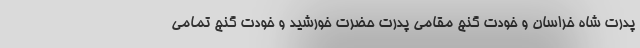
پدرت شاه خراسان و خودت گنج مقامی پدرت حضرت خورشید و خودت گنج تمامی